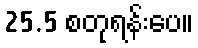
25.5 စတုရန်းပေ။